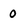
Character: O